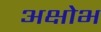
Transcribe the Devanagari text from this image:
अक्षोभ